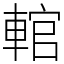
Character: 輨